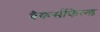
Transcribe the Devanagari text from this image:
बैकर्सफिल्ड